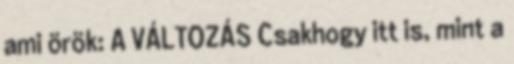
ami örök: A VÁLTOZÁS Csakhogy itt is, mint a